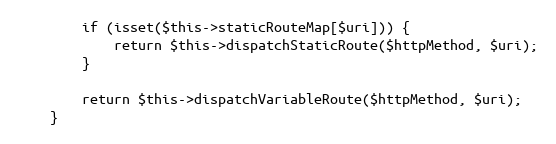
Language: PHP
        if (isset($this->staticRouteMap[$uri])) {
            return $this->dispatchStaticRoute($httpMethod, $uri);
        }

        return $this->dispatchVariableRoute($httpMethod, $uri);
    }